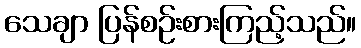
သေချာ ပြန်စဉ်းစားကြည့်သည်။